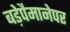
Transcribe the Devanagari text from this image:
बड़ेपैमानेपर